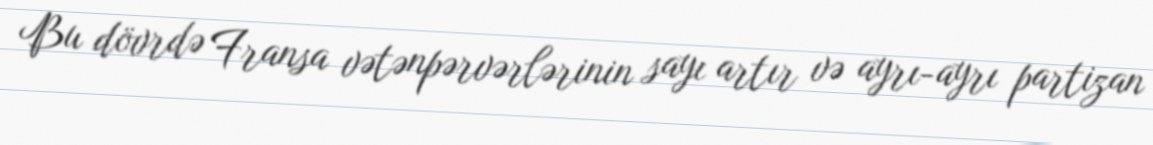
Bu dövrdə Fransa vətənpərvərlərinin sayı artır və ayrı-ayrı partizan